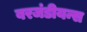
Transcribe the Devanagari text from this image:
बरजंडीयन्स